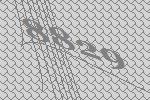
8829